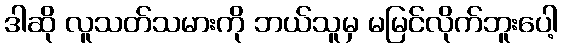
ဒါဆို လူသတ်သမားကို ဘယ်သူမှ မမြင်လိုက်ဘူးပေါ့